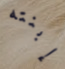
إبنته